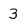
Character: 3